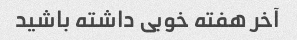
آخر هفته خوبی داشته باشید